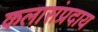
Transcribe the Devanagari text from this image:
कलासंप्रदाय